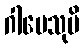
ဂါမေသုပိ